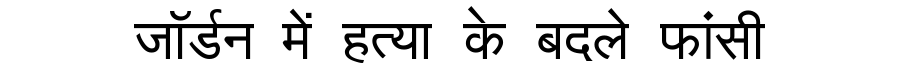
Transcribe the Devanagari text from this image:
जॉर्डन में हत्या के बदले फांसी